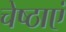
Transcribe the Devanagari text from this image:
चेष्ठाएं